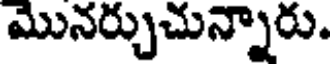
మొనర్చుచున్నారు.